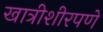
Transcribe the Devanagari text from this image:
खात्रीशीरपणे